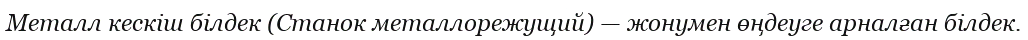
Металл кескіш білдек (Станок металлорежущий) — жонумен өңдеуге арналған білдек.